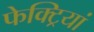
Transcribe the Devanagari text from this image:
फेक्ट्रियां